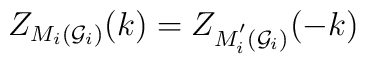
Z_{M_i({\cal G}_i{\cal )}}(k)=Z_{M_i^{^{\prime }}({\cal G}_i{\cal )}}(-k)